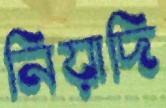
নিয়াদি